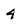
Character: 4